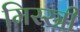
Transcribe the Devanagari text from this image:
मिस्स्री